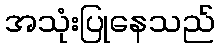
အသုံးပြုနေသည်